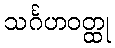
သင်္ဂဟဝတ္ထု